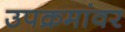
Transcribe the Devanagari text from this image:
उपक्रमांवर